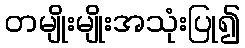
တမျိုးမျိုးအသုံးပြု၍